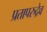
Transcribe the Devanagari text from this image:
प्रतापरुद्रेव